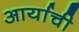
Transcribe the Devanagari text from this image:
आर्याची